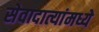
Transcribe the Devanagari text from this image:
सेवादात्यांमध्ये